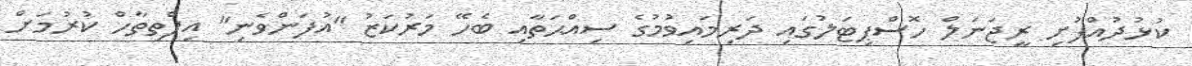
ކުޅުދުއްފުށި ރީޖަނަލް ހޮސްޕިޓަލުގައި ދަރިމައިވުމުގެ ސިއްޙަތާއި ބެހޭ މަރުކަޒު "އުފަންވެނި" އިފްތިތާހް ކުރުމަށް